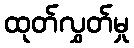
ထုတ်လွှတ်မှု